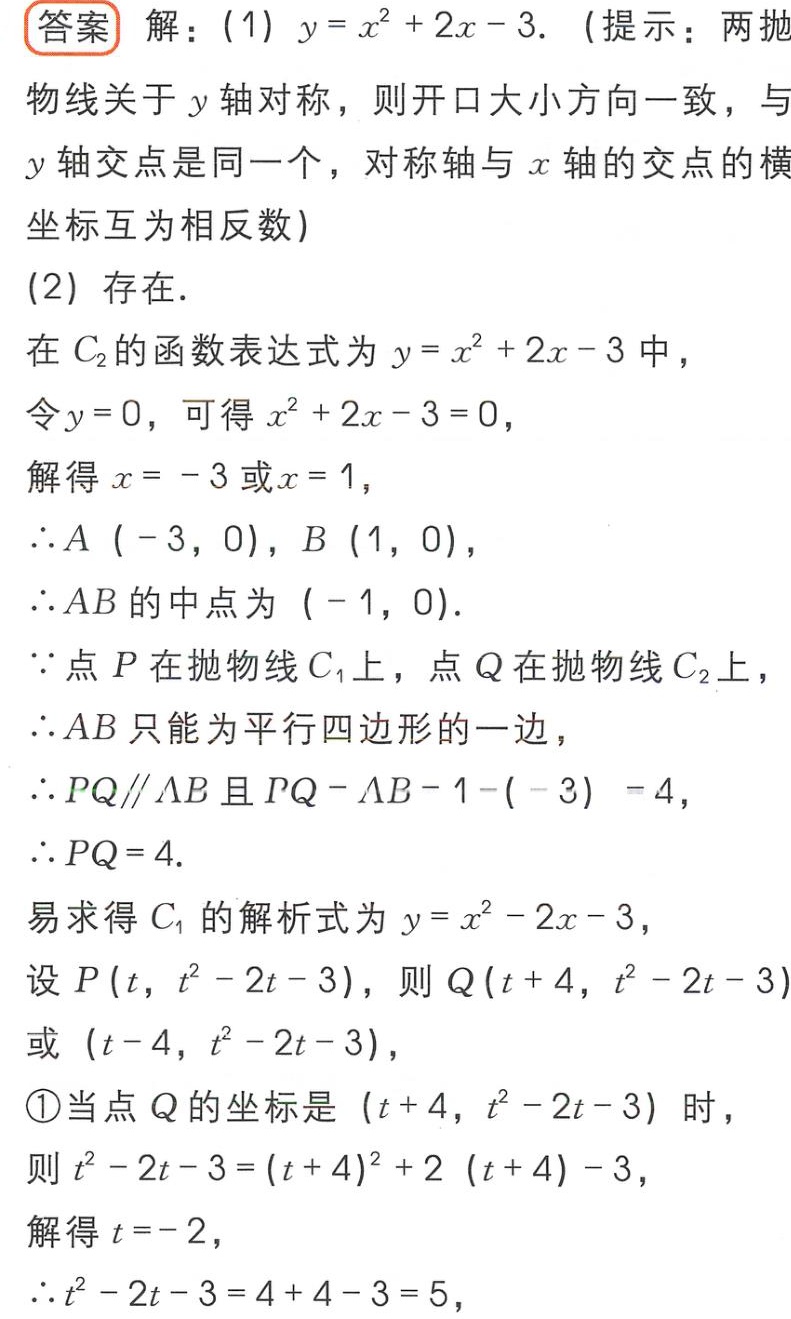
答案 解：(1) \(y = x^{2}+2x - 3\). (提示：两抛
物线关于 \(y\) 轴对称，则开口大小方向一致，与
\(y\) 轴交点是同一个，对称轴与 \(x\) 轴的交点的横
坐标互为相反数)
(2) 存在.
在 \(C_{2}\) 的函数表达式为 \(y = x^{2}+2x - 3\) 中，
令 \(y = 0\)，可得 \(x^{2}+2x - 3 = 0\)，
解得 \(x = - 3\) 或 \(x = 1\)，
\(\therefore A(-3,0)\)，\(B(1,0)\)，
\(\therefore AB\) 的中点为 \((-1,0)\).
\(\because\) 点 \(P\) 在抛物线 \(C_{1}\) 上，点 \(Q\) 在抛物线 \(C_{2}\) 上，
\(\therefore AB\) 只能为平行四边形的一边，
\(\therefore PQ\parallel AB\) 且 \(PQ = AB=1-(-3)=4\)，
\(\therefore PQ = 4\).
易求得 \(C_{1}\) 的解析式为 \(y = x^{2}-2x - 3\)，
设 \(P(t,t^{2}-2t - 3)\)，则 \(Q(t + 4,t^{2}-2t - 3)\)
或 \((t - 4,t^{2}-2t - 3)\)，
\textcircled{1}当点 \(Q\) 的坐标是 \((t + 4,t^{2}-2t - 3)\) 时，
则 \(t^{2}-2t - 3=(t + 4)^{2}+2(t + 4)-3\)，
解得 \(t=-2\)，
\(\therefore t^{2}-2t - 3 = 4 + 4 - 3 = 5\)，